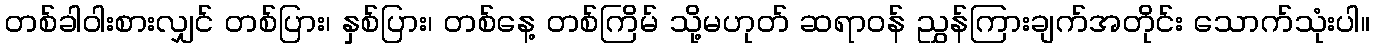
တစ်ခါဝါးစားလျှင် တစ်ပြား၊ နှစ်ပြား၊ တစ်နေ့ တစ်ကြိမ် သို့မဟုတ် ဆရာဝန် ညွှန်ကြားချက်အတိုင်း သောက်သုံးပါ။